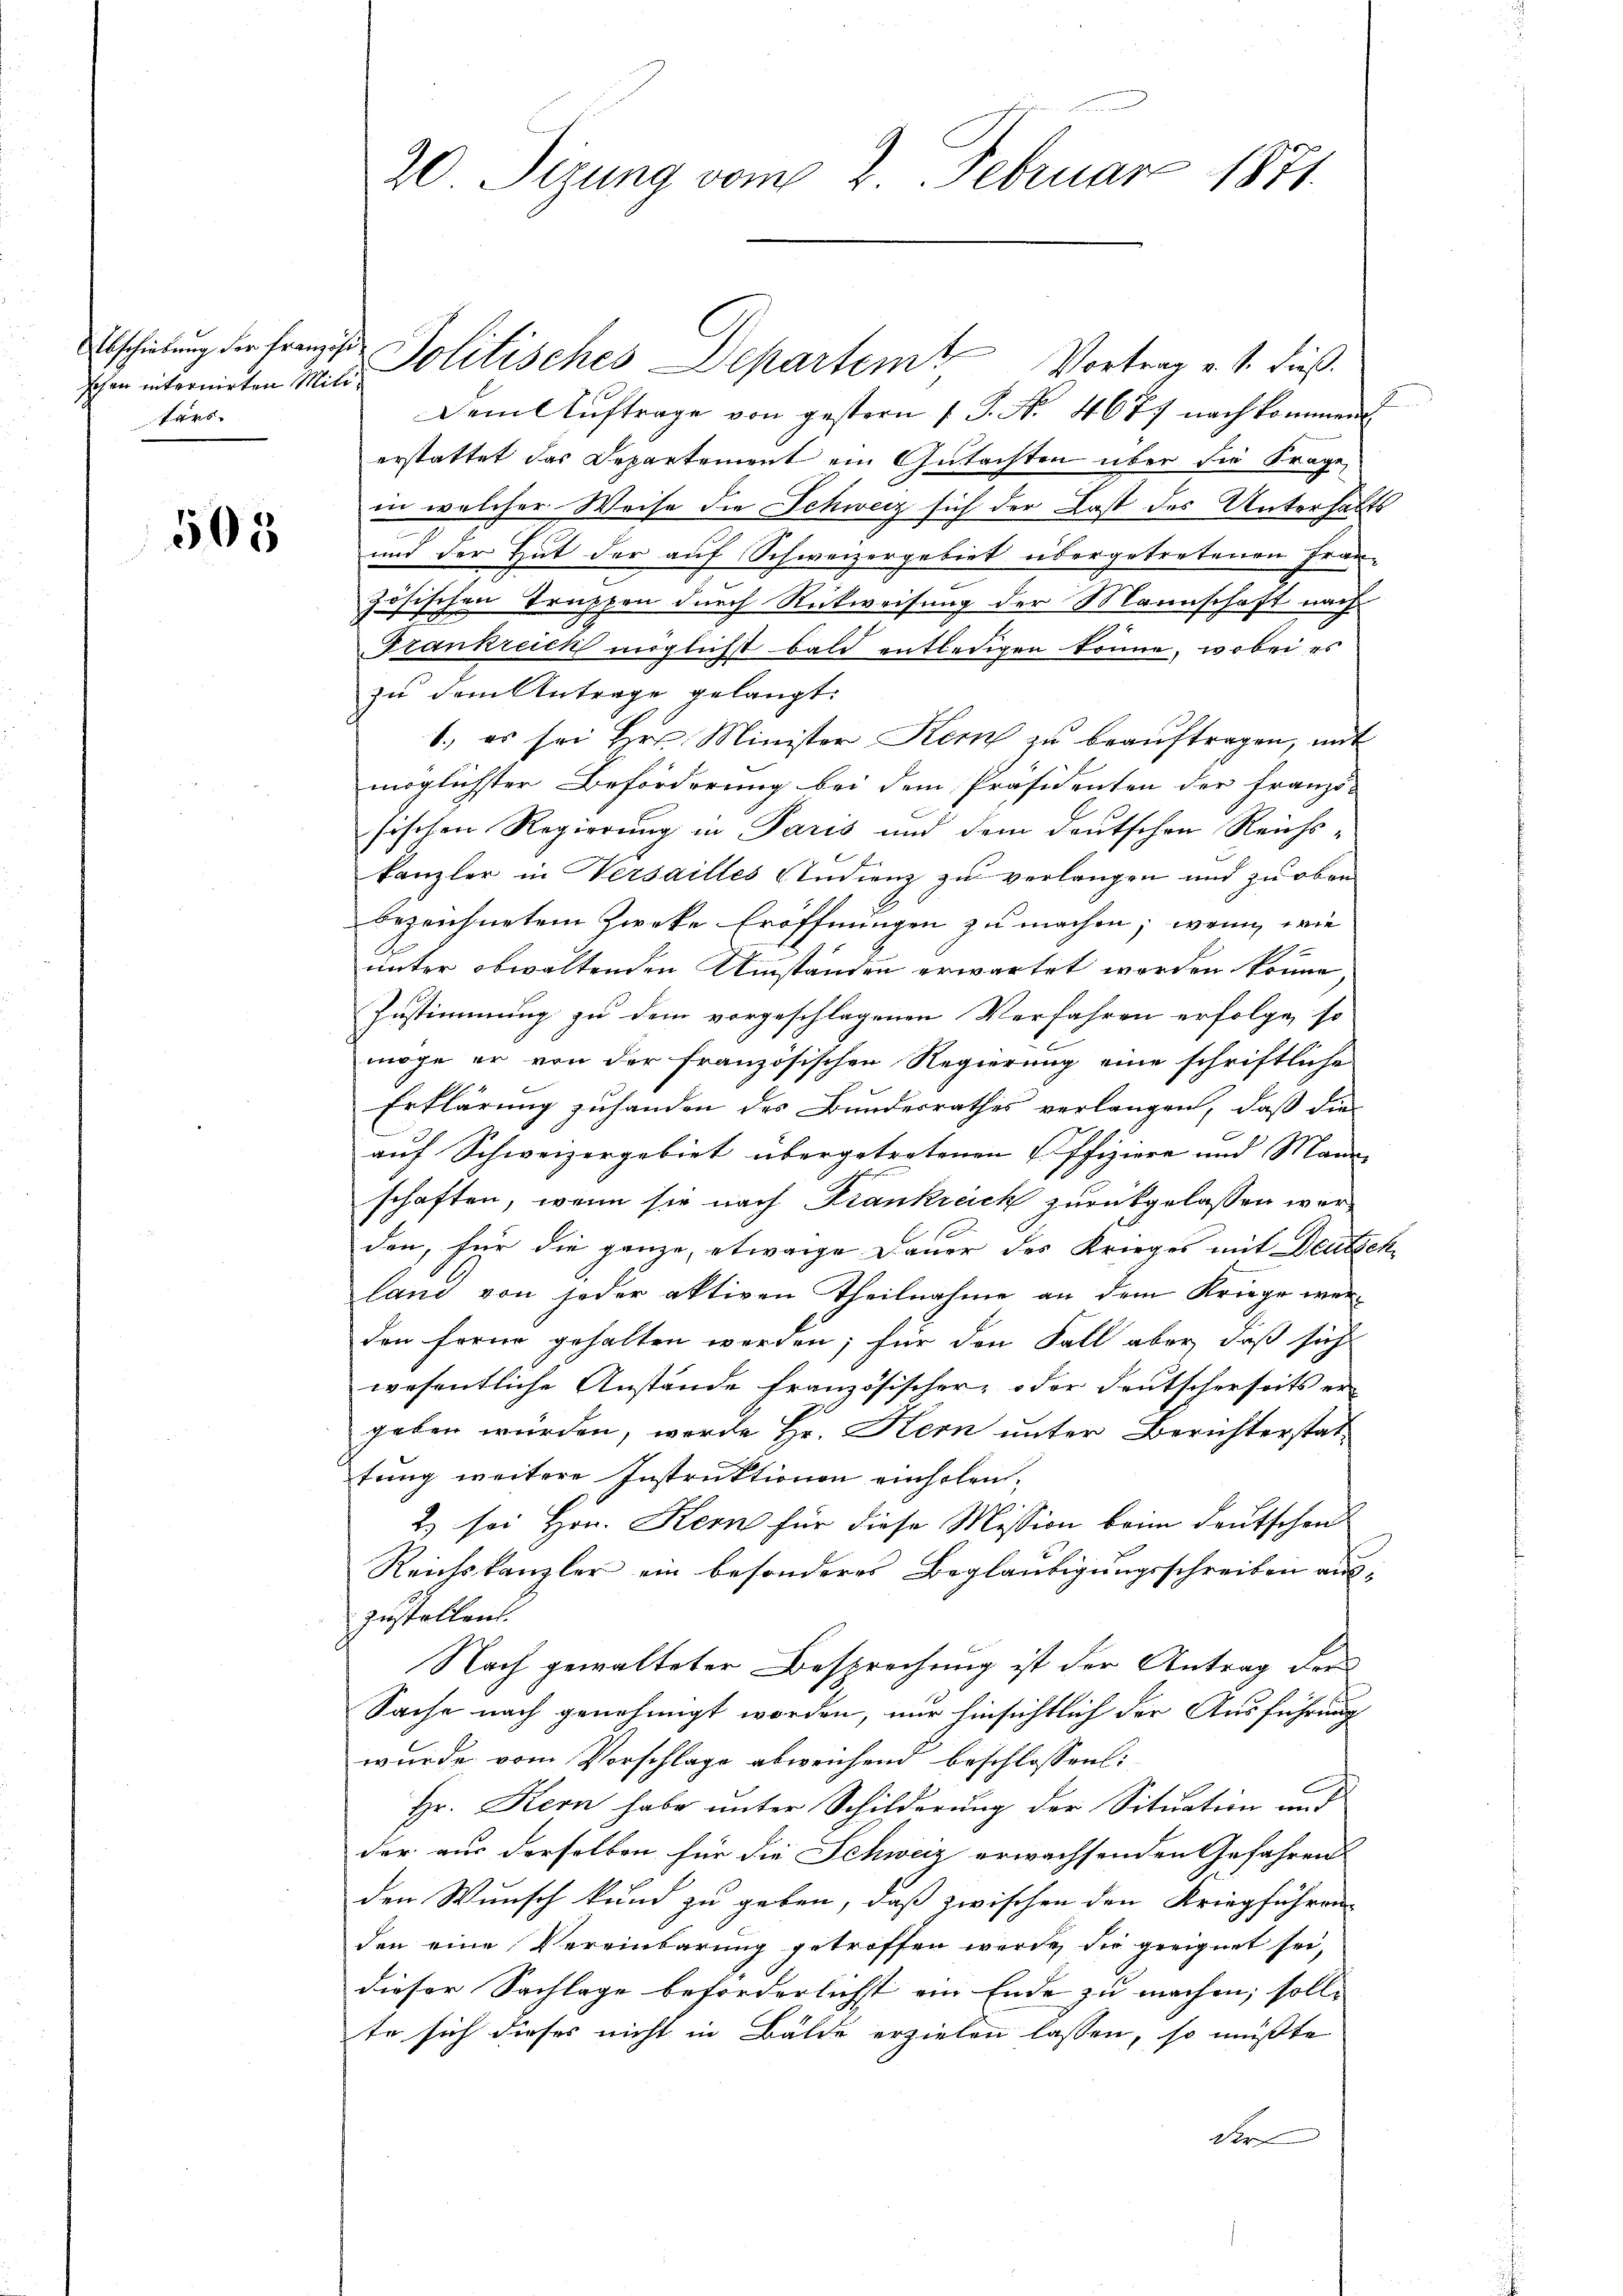
schen internirten Militars.

505

Dem Aŭftrage von gestern 1 S. Nr. 4677 nachkommen
erstattet das Departement ein Gutachten über die Frage
in welcher Weise die Schweiz sich der Last des Unterhalts
und der Hut der auf Schweizergebiet übergetretenen Frau-
zösischen Truppen durch Rückweisung der Marinschaft nach
Frankreich möglichst bald entledigen könne, wobei es
zu dem Antrage gelangt.
1., es sei Hrn. Minister Kern zu beauftragen, mit
möglichster Beförderung bei dem Präsidenten der Franzö-
sischen Regierung in Paris und dem deutschen Reichskanzler in Versailles Andienz zu verlangen und zu oben
bezeichnetem Zwecke Eröffnungen zu machen; wenn wie
unter obwaltenden Umständen erwartet worden könne.
Zustimmung zu dem vorgeschlagenen Verfahren erfolge, so
möge er von der französischen Regierung eine schriftliche
Erklärung zuhanden des Bundesrathes verlangen, daß die
auf Schweizergebiet übergetretenen Offiziere und Mann
schaften, wenn sie nach Frankreich zurückgelassen werden, für die ganze, etwaige Dauer des Krieges mit Deutsch
land von jeder aktiven Theilnahme an dem Kriege werden forme gehalten werden; für den Fall aber, daß sich
wesentliche Anstände französischer- oder deutscherseits er-
geben würden, werde Hr. Kern unter Berichterstat-
tung weitere Instruktionen einholen,
2) sei Hrn. Kern für diese Mission beim deutschen
Reichskanzler ein besonderes Beglaubigungsschreiben aus-
zustellen.
Nach gewalteter Besprechung ist der Antrag der
Sache nach genehmigt worden, nur hinsichtlich der Ausführung
wurde vom Vorschlage abweichend beschlossen:
Hr. Kern habe unter Schilderung der Situation und
der aus derselben für die Schweiz erwachsenden Gefahrens
den Wunsch kund zu geben, daß zwischen den Kriegführen
den eine Vereinbarung getroffen werde, die geeignet sei,
dieser Sachlage beforderlichst ein Ende zu machen, solle |
te sich dieses nicht in Bälde erzielen lassen, so müßte
Der

20. Sizung vom 2. Februar 1871.

Abschiedung der frei Politisches Departem Vortrag v. J. dieß